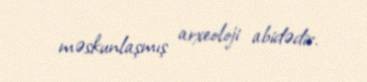
məskunlaşmış arxeoloji abidədir.